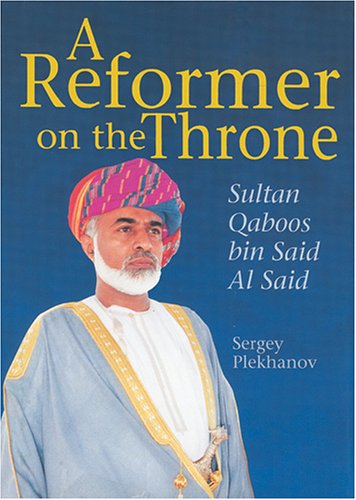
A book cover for A Reformer on the Throne: Sultan Qaboos bin Said Al Said; Sergey Plekhanov; History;